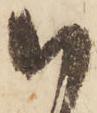
以